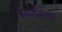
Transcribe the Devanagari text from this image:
कैमलडोल्स